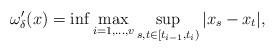
LaTeX: \begin{align*}\omega_\delta'(x) = \inf\max_{i=1,\dots,v}\sup_{s,t\in[t_{i-1},t_i)}|x_s-x_t|,\end{align*}